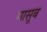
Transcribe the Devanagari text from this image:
मासूब